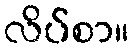
လိပ်စာ။